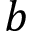
b